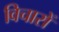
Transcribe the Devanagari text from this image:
विचारों